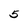
Character: 5